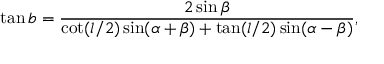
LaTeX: \tan b = { \frac { 2 \sin \beta } { \cot ( l / 2 ) \sin ( \alpha + \beta ) + \tan ( l / 2 ) \sin ( \alpha - \beta ) } } ,